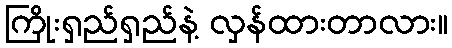
ကြိုးရှည်ရှည်နဲ့ လှန်ထားတာလား။